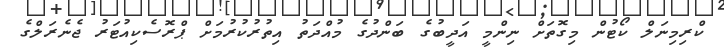
ކްރިމިނަލް ކޯޓުން މިގޮތަށް ނިންމީ އަދީބުގެ ބަންދުގެ މުއްދަތު އިތުރުކުރުމަށް ޕްރޮސެކިއުޓަރު ޖެނެރަލްގެ